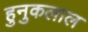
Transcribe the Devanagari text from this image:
हुनुकलाल